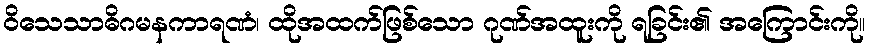
ဝိသေသာဓိဂမနကာရဏံ၊ ထိုအထက်ဖြစ်သော ဂုဏ်အထူးကို ရခြင်း၏ အကြောင်းကို။